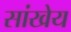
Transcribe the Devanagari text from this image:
सांखेय